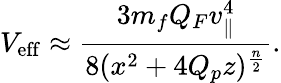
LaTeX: V_{\mathrm{eff}}\approx{\frac{3m_{f}Q_{F}v_{\parallel}^{4}}{8(x^{2}+4Q_{p}z)^{\frac{n}{2}}}}.